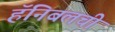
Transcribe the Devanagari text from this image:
हॅनिबलची